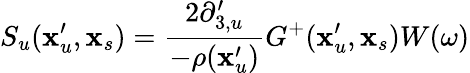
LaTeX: S_{u}(\textbf{x}_{u}^{\prime},\textbf{x}_{s})=\frac{2\partial_{3,u}^{\prime}}{-\rho(\textbf{x}_{u}^{\prime})}G^{+}(\textbf{x}_{u}^{\prime},\textbf{x}_{s})W(\omega)